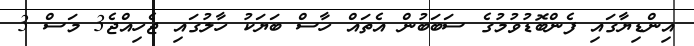
އިންޑިޔާގައި ފެންބޮޑުވުމުގެ ސަބަބުން އެތައް ހާސް ބަޔަކު ހާލުގައި ޖެހިއްޖެ3 މަސް 3